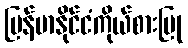
မြန်မာနိုင်ငံကိုယ်စားပြု